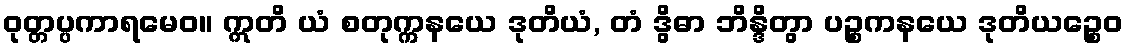
ဝုတ္တပ္ပကာရမေဝ။ ဣတိ ယံ စတုက္ကနယေ ဒုတိယံ, တံ ဒွိဓာ ဘိန္ဒိတွာ ပဉ္စကနယေ ဒုတိယဉ္စေဝ